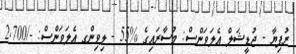
ރުފިޔާ - ޖުޑީޝަލް އެލަވަންސް: މުސާރައިގެ %55 - ލިވިންގ އެލަވަންސް: -/2